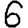
Digit: 6